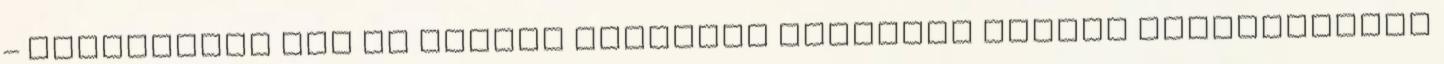
– erősítette meg az elmúlt napokban szárnyra kapott sajtóhíreket